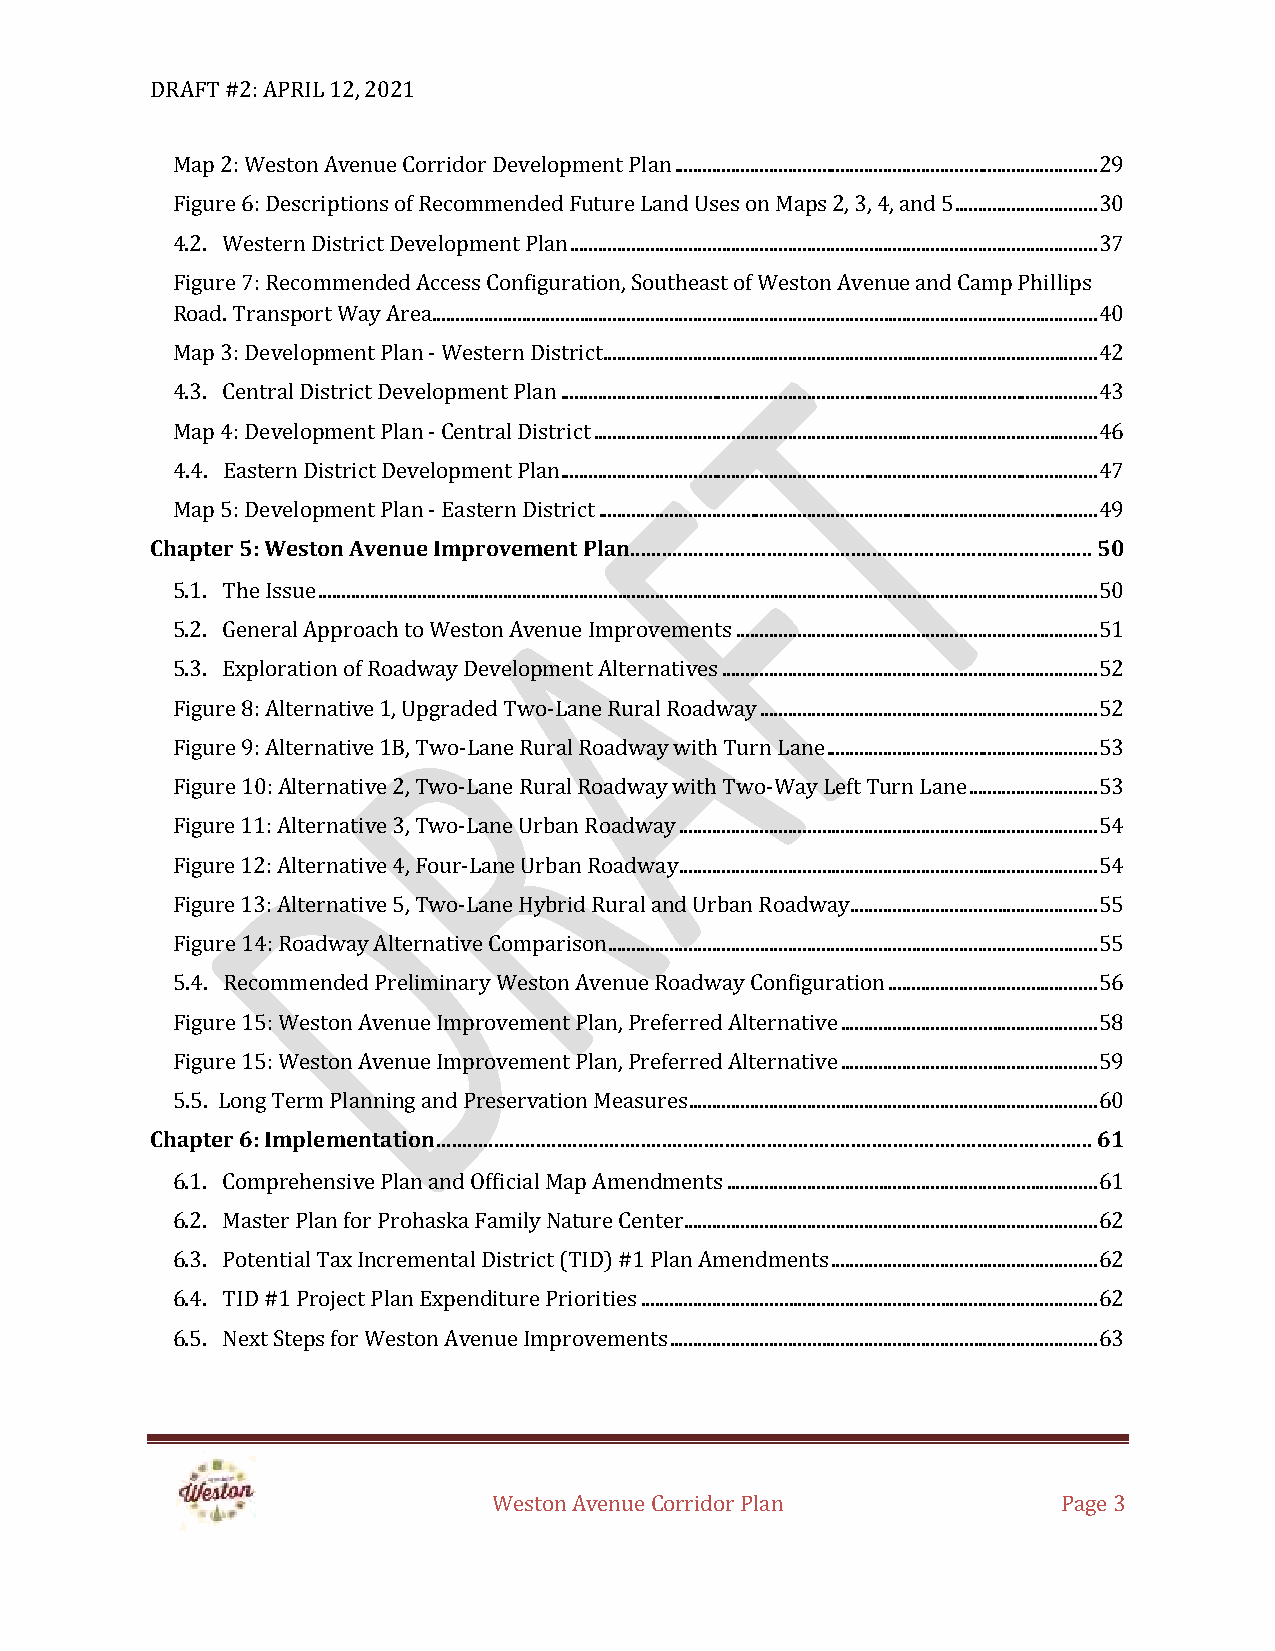
DRAFT #2: APRIL 12, 2021
 Map 2: Weston Avenue Corridor Development Plan ......................................................................................... 29
 Figure 6: Descriptions of Recommended Future Land Uses on Maps 2, 3, 4, and 5 .............................. 30
 4.2. Western District Development Plan ............................................................................................................... 37
 Figure 7: Recommended Access Configuration, Southeast of Weston Avenue and Camp Phillips
 Road. Transport Way Area ............................................................................................................................................ 40
 Map 3: Development Plan - Western District ........................................................................................................ 42
 4.3. Central District Development Plan ................................................................................................................. 43
 Map 4: Development Plan - Central District .......................................................................................................... 46
 4.4. Eastern District Development Plan ................................................................................................................. 47
 Map 5: Development Plan - Eastern District ......................................................................................................... 49
 Chapter 5: Weston Avenue Improvement Plan........................................................................................ 50
 5.1. The Issue .................................................................................................................................................................... 50
 5.2. General Approach to Weston Avenue Improvements ............................................................................ 51
 5.3. Exploration of Roadway Development Alternatives ............................................................................... 52
 Figure 8: Alternative 1, Upgraded Two-Lane Rural Roadway ....................................................................... 52
 Figure 9: Alternative 1B, Two-Lane Rural Roadway with Turn Lane ......................................................... 53
 Figure 10: Alternative 2, Two-Lane Rural Roadway with Two-Way Left Turn Lane ........................... 53
 Figure 11: Alternative 3, Two-Lane Urban Roadway ........................................................................................ 54
 Figure 12: Alternative 4, Four-Lane Urban Roadway ........................................................................................ 54
 Figure 13: Alternative 5, Two-Lane Hybrid Rural and Urban Roadway .................................................... 55
 Figure 14: Roadway Alternative Comparison ....................................................................................................... 55
 5.4. Recommended Preliminary Weston Avenue Roadway Configuration ............................................ 56
 Figure 15: Weston Avenue Improvement Plan, Preferred Alternative ...................................................... 58
 Figure 15: Weston Avenue Improvement Plan, Preferred Alternative ...................................................... 59
 5.5. Long Term Planning and Preservation Measures ...................................................................................... 60
 Chapter 6: Implementation ............................................................................................................................. 61
 6.1. Comprehensive Plan and Official Map Amendments .............................................................................. 61
 6.2. Master Plan for Prohaska Family Nature Center....................................................................................... 62
 6.3. Potential Tax Incremental District (TID) #1 Plan Amendments ........................................................ 62
 6.4. TID #1 Project Plan Expenditure Priorities ................................................................................................ 62
 6.5. Next Steps for Weston Avenue Improvements .......................................................................................... 63
 Weston Avenue Corridor Plan          Page 3